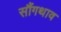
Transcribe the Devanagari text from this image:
सौंगथाव